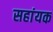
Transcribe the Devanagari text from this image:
सहांयक